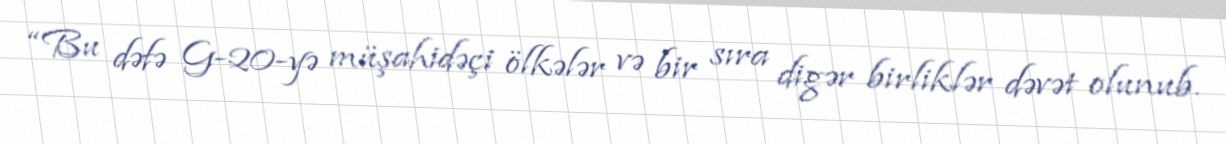
“Bu dəfə G-20-yə müşahidəçi ölkələr və bir sıra digər birliklər dəvət olunub.